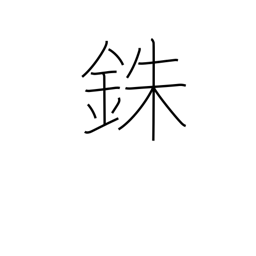
Meaning: percent